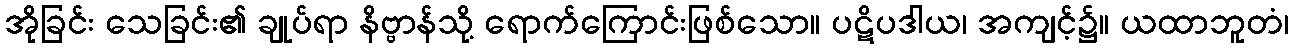
အိုခြင်း သေခြင်း၏ ချုပ်ရာ နိဗ္ဗာန်သို့ ရောက်ကြောင်းဖြစ်သော။ ပဋိပဒါယ၊ အကျင့်၌။ ယထာဘူတံ၊